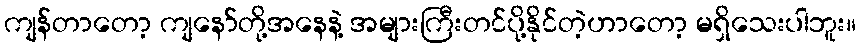
ကျန်တာတော့ ကျနော်တို့အနေနဲ့ အများကြီးတင်ပို့နိုင်တဲ့ဟာတော့ မရှိသေးပါဘူး။